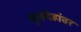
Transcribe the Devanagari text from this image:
मृतदेहांवर